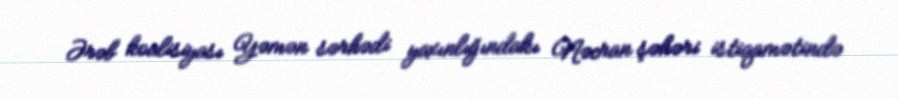
Ərəb koalisiyası Yəmən sərhədi yaxınlığındakı Nəcran şəhəri istiqamətində